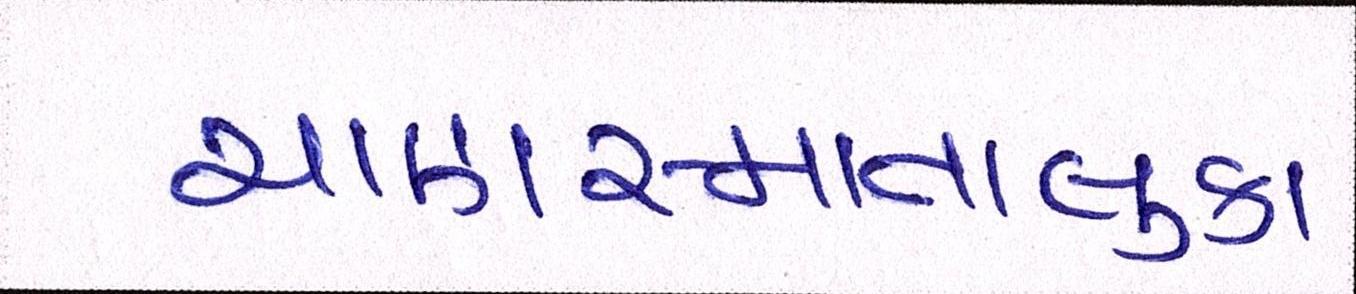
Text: ચાણસ્માતાલુકા